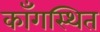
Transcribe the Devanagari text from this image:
काँगस्थित